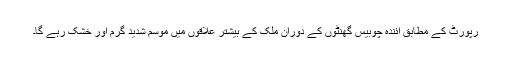
رپورٹ کے مطابق آئندہ چوبیس گھنٹوں کے دوران ملک کے بیشتر علاقوں میں موسم شدید گرم اور خشک رہے گا۔